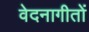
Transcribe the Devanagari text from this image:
वेदनागीतों